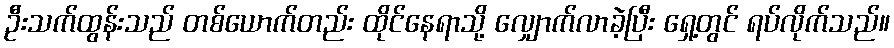
ဦးသက်ထွန်းသည် တစ်ယောက်တည်း ထိုင်နေရာသို့ လျှောက်လာခဲ့ပြီး ရှေ့တွင် ရပ်လိုက်သည်။